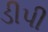
ડીપી